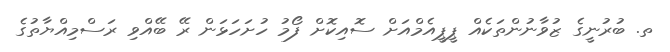
ތ. ބުރުނީގެ ޒުވާނުންތަކެއް ޕީޕީއެމްއަށް ސޮއިކޮށް ފޯމު ހުށަހަޅަން ރޭ ބޭއްވި ރަސްމިއްޔާތުގެ